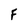
Character: F